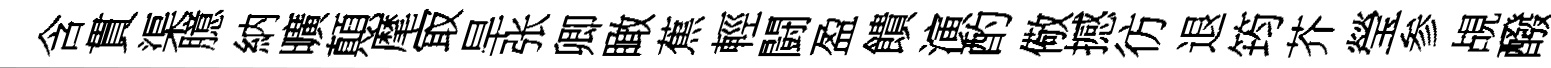
含貫渠臆納曠顛麾㝡旱张卿瞰蕉輕闘盈饋演酌儆撼彷退筠芥瑩参覘醱